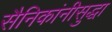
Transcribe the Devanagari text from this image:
सैनिकांनीसुद्धा